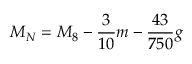
M _ { N } = M _ { 8 } - \frac { 3 } { 1 0 } m - \frac { 4 3 } { 7 5 0 } g